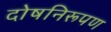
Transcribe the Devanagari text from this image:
दोषनिरूपण